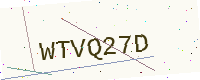
Text: WTVQ27D